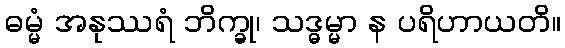
ဓမ္မံ အနုဿရံ ဘိက္ခု၊ သဒ္ဓမ္မာ န ပရိဟာယတိ။